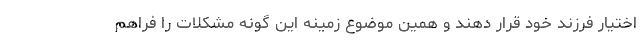
اختیار فرزند خود قرار دھند و ھمین موضوع زمینه این گونه مشکلات را فراھم